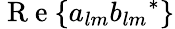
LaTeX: \mathrm{~R~e~}\{ a_{lm}{b_{lm}}^{*}\}